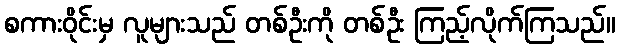
စကားဝိုင်းမှ လူများသည် တစ်ဦးကို တစ်ဦး ကြည့်လိုက်ကြသည်။